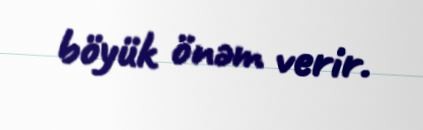
böyük önəm verir.